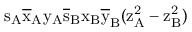
\mathrm { s _ { A } \mathrm { \overline { { x } } _ { A } \mathrm { y _ { A } \mathrm { \overline { { s } } _ { B } \mathrm { x _ { B } \mathrm { \overline { { y } } _ { B } ( \mathrm { z _ { A } ^ { 2 } - \mathrm { z _ { B } ^ { 2 } ) } } } } } } } }